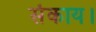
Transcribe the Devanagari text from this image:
संकाय।